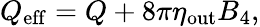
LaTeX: Q_{\mathrm{eff}}=Q+8\pi\eta_{\mathrm{out}}B_{4},